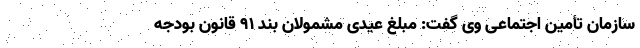
سازمان تأمین اجتماعی وی گفت: مبلغ عیدی مشمولان بند ۹۱ قانون بودجه